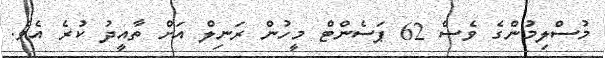
މުސްލިމުންގެ ވެސް 62 ޕަސެންޓް މީހުން ރަނިލް އަށް ތާއީދު ކުރެ އެވެ.